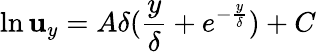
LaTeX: \ln\mathbf{u}_{y}=A\delta(\frac{{y}}{{\delta}}+e^{-\frac{{y}}{{\delta}}})+C